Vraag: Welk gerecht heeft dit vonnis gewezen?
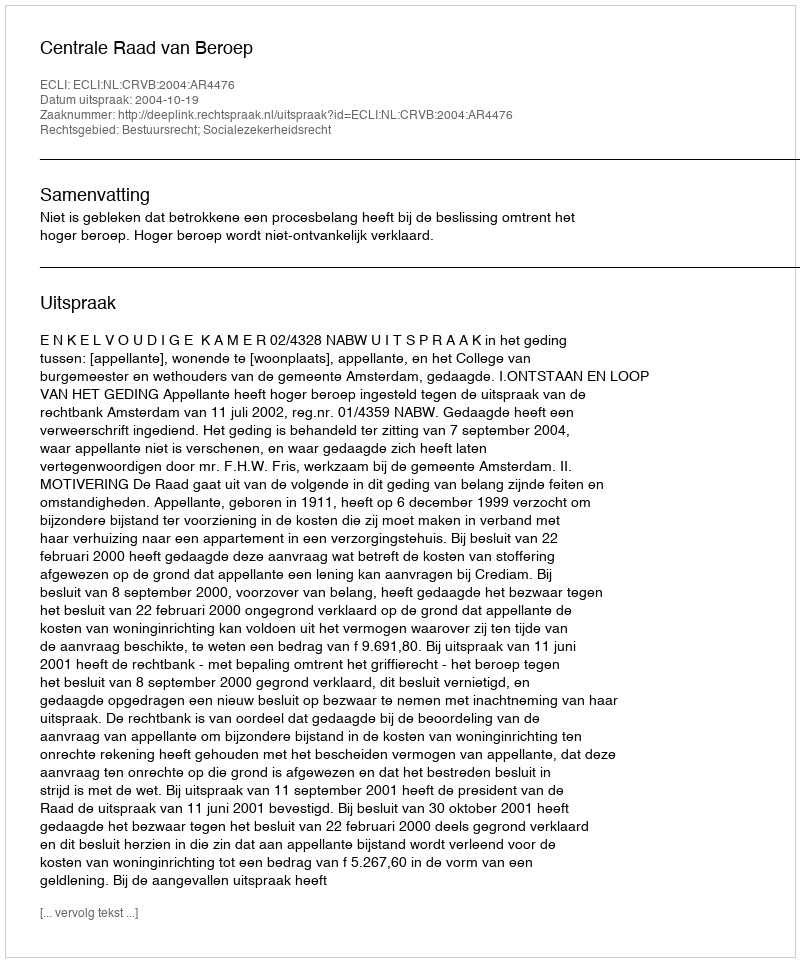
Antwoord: Centrale Raad van Beroep